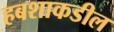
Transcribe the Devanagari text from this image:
हबशाकडील